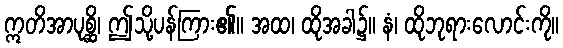
ဣတိအာပုစ္ဆိ၊ ဤသို့ပန်ကြား၏။ အထ၊ ထိုအခါ၌။ နံ၊ ထိုဘုရားလောင်းကို။